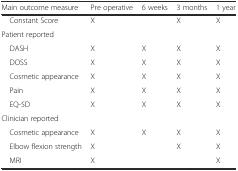
<table><thead><tr><td><b>Main outcome measure</b></td><td><b>Pre operative</b></td><td><b>6 weeks</b></td><td><b>3 months</b></td><td><b>1 year</b></td></tr></thead><tbody><tr><td> Constant Score</td><td>X</td><td></td><td>X</td><td>X</td></tr><tr><td colspan="5">Patient reported</td></tr><tr><td> DASH</td><td>X</td><td>X</td><td>X</td><td>X</td></tr><tr><td> DOSS</td><td>X</td><td>X</td><td>X</td><td>X</td></tr><tr><td> Cosmetic appearance</td><td>X</td><td>X</td><td>X</td><td>X</td></tr><tr><td> Pain</td><td>X</td><td>X</td><td>X</td><td>X</td></tr><tr><td> EQ-5D</td><td>X</td><td>X</td><td>X</td><td>X</td></tr><tr><td colspan="5">Clinician reported</td></tr><tr><td> Cosmetic appearance</td><td>X</td><td>X</td><td>X</td><td>X</td></tr><tr><td> Elbow flexion strength</td><td>X</td><td></td><td>X</td><td>X</td></tr><tr><td> MRI</td><td>X</td><td></td><td></td><td>X</td></tr></tbody></table>